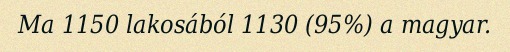
Ma 1150 lakosából 1130 (95%) a magyar.